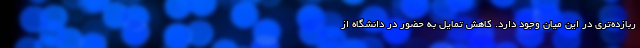
ربازده‌تری در این میان وجود دارد. کاهش تمایل به حضور در دانشگاه از